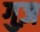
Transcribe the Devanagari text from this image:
गुज़